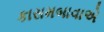
કાસમબાવાએ